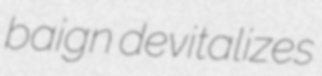
baign devitalizes